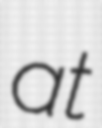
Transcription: at